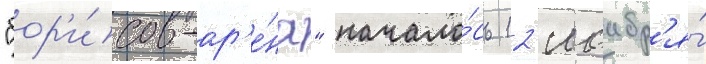
"бор'и́сов-ар'е́на" начало́сь 12 ноабр'я́